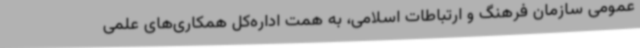
عمومی سازمان فرهنگ و ارتباطات اسلامی، به همت اداره‌کل همکاری‌های علمی